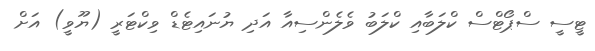
ޓީސީ ސްޕޯޓްސް ކްލަބާއި ކްލަބު ވެލެންސިއާ އަދި ޔުނައިޓެޑް ވިކްޓަރީ (ޔޫވީ) އަށް